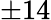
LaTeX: \pm 14